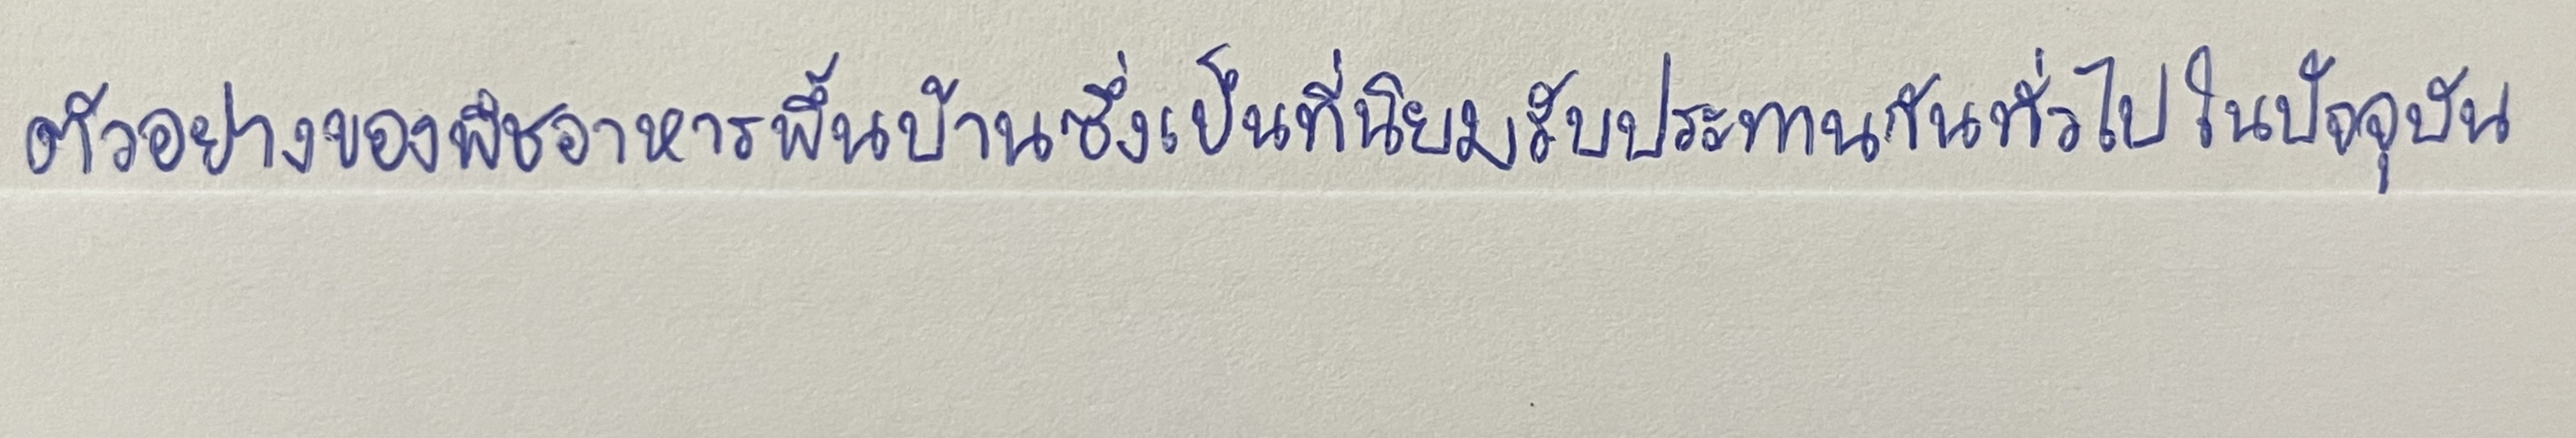
ตัวอย่างของพืชอาหารพื้นบ้านซึ่งเป็นที่นิยมรับประทานกันทั่วไปในปัจจุบัน